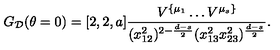
G _ { { \cal D } } ( \theta = 0 ) = [ 2 , 2 , a ] \frac { V ^ { \{ \mu _ { 1 } } \ldots V ^ { \mu _ { s } \} } } { ( x _ { 1 2 } ^ { 2 } ) ^ { 2 - \frac { d - s } { 2 } } ( x _ { 1 3 } ^ { 2 } x _ { 2 3 } ^ { 2 } ) ^ { \frac { d - s } { 2 } } } .